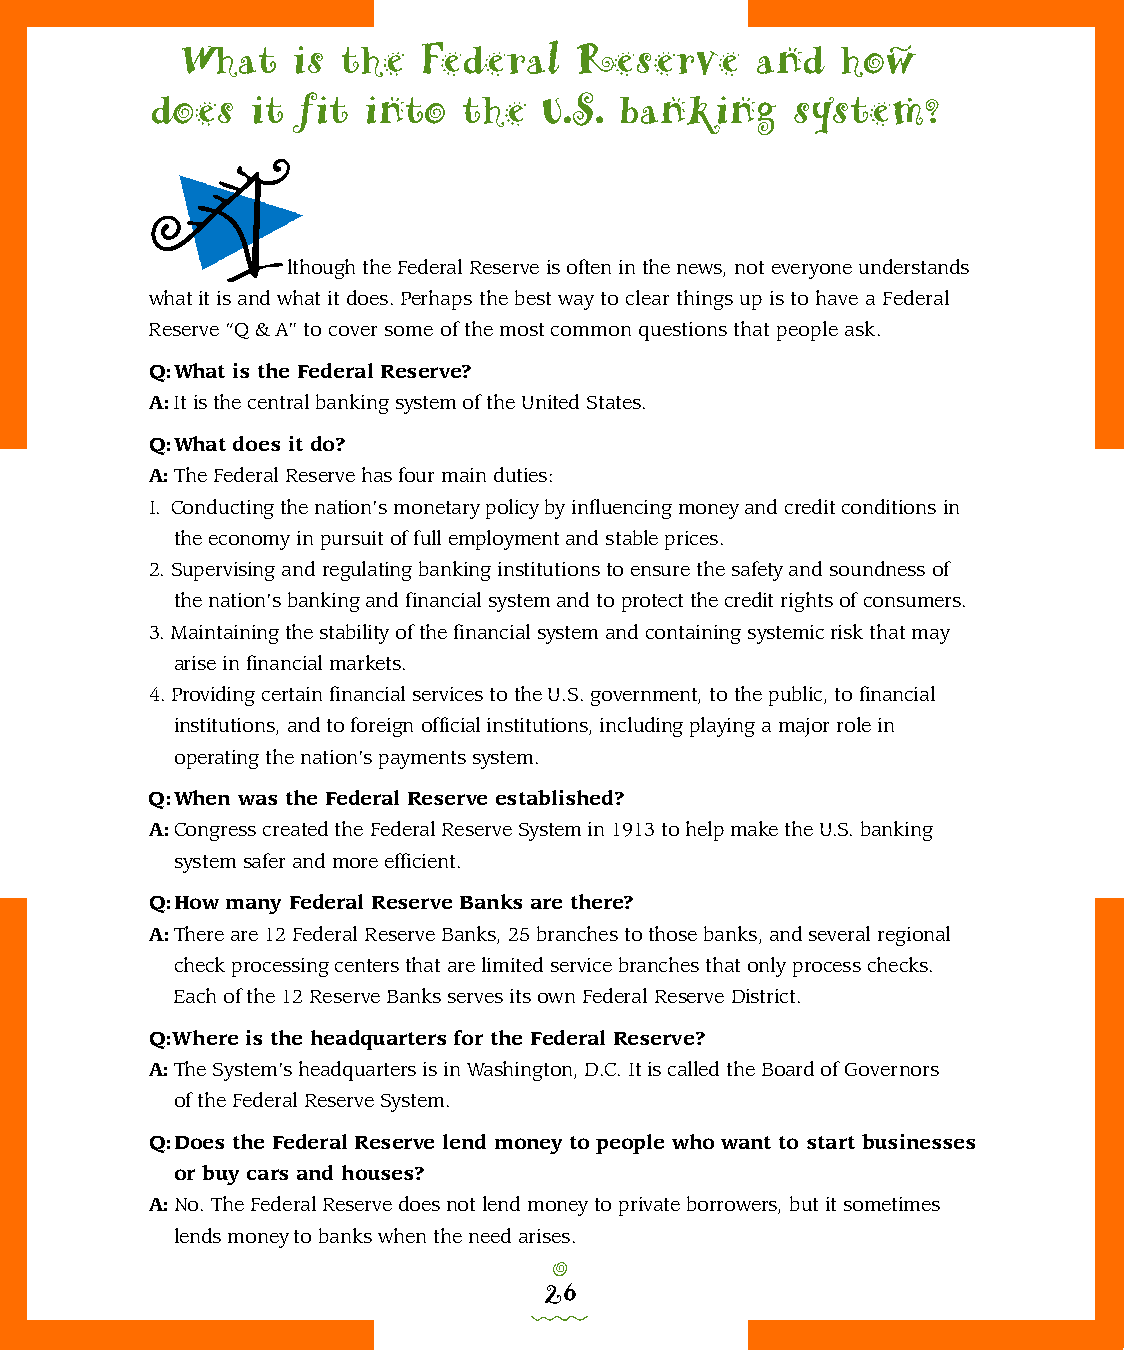
What   is  the  Federal   Reserve     and   how
 does   it fit into   the  U.S. banking     system?
 A
 lthough the Federal Reserve is often in the news, not everyone understands
 what it is and what it does. Perhaps the best way to clear things up is to have a Federal
 Reserve “Q & A” to cover some of the most common questions that people ask.
 Q: What is the Federal Res e r ve?
 A: It is the central banking system of the United States.
 Q: What does it do?
 A: The Federal Reserve has four main duties:
 I. Conducting the nation’s monetary policy by influencing money and credit conditions in
 the economy in pursuit of full employment and stable prices.
 2. Supervising and regulating banking institutions to ensure the safety and soundness of
 the nation’s banking and financial system and to protect the credit rights of consumers.
 3. Maintaining the stability of the financial system and containing systemic risk that may
 arise in financial market s .
 4. Providing certain financial services to the U.S. government, to the public, to financial
 institutions, and to foreign official institutions, including playing a major role in
 operating the nation’s payments system.
 Q: When was the Federal Res e r ve established?
 A: Congress created the Federal Reserve System in 1913 to help make the U.S. banking
 system safer and more efficient.
 Q: How many Federal Res e r ve Banks are there?
 A: There are 12 Federal Reserve Banks, 25 branches to those banks, and several regional
 check processing centers that are limited service branches that only process checks.
 Each of the 12 Reserve Banks serves its own Federal Reserve District.
 Q :W h e re is the headquarters for the Federal Res e r ve ?
 A: The System’s headquarters is in Washington, D.C. It is called the Board of Governors
 of the Federal Reserve System.
 Q: Does the Federal Res e r ve lend money to people who want to start businesses
 or buy cars and houses?
 A: No. The Federal Reserve does not lend money to private borrowers, but it sometimes
 lends money to banks when the need arises.
 o
 26
 0